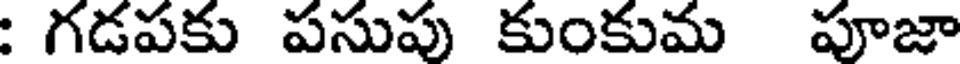
: గడపకు పసుపు కుంకుమ పూజా